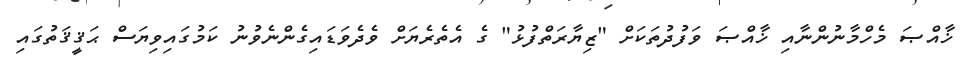
ޚާއްޞަ މެހްމާނުންނާއި ޚާއްޞަ ވަފުދުތަކަށް "ޒިޔާރަތްފުޅު" ގެ އެތެރެޔަށް ވެދެވަޑައިގެންނެވުނު ކަމުގައިވިޔަސް ޙަޤީޤަތުގައި